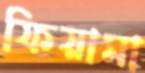
ফিয়ামা